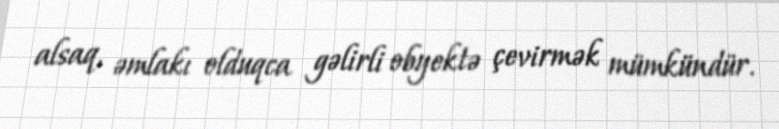
alsaq, əmlakı olduqca gəlirli obyektə çevirmək mümkündür.